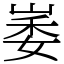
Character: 崣